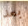
بعد